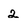
Character: 2